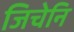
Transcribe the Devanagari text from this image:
जिचेनि